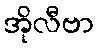
အိုလီဗာ